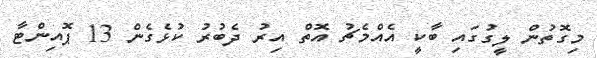
މިގޮތުން ލީގުގައި ބާކީ އެއްމެޗު އޮތް އިރު ދެބުރު ކުޅެގެން 13 ޕޮއިންޓާ